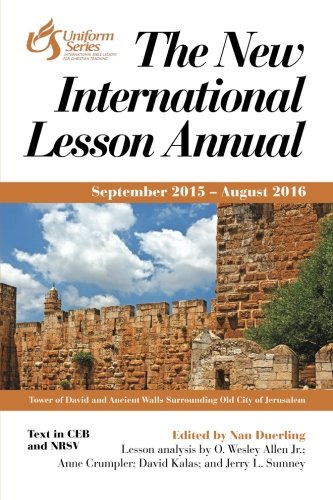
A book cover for The New International Lesson Annual 2015 - 2016: September 2015 - August 2016; Religion & Spirituality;